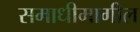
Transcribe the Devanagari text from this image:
समाधीमागील